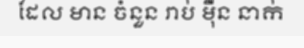
ដែល មាន ចំនួន រាប់ ម៉ឺន នាក់